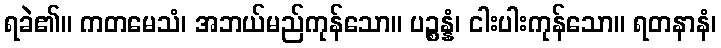
ရခဲ၏။ ကတမေသံ၊ အဘယ်မည်ကုန်သော။ ပဉ္စန္နံ၊ ငါးပါးကုန်သော။ ရတနာနံ၊